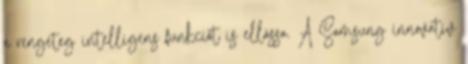
a rengeteg intelligens funkciót is ellássa. A Samsung innovatív